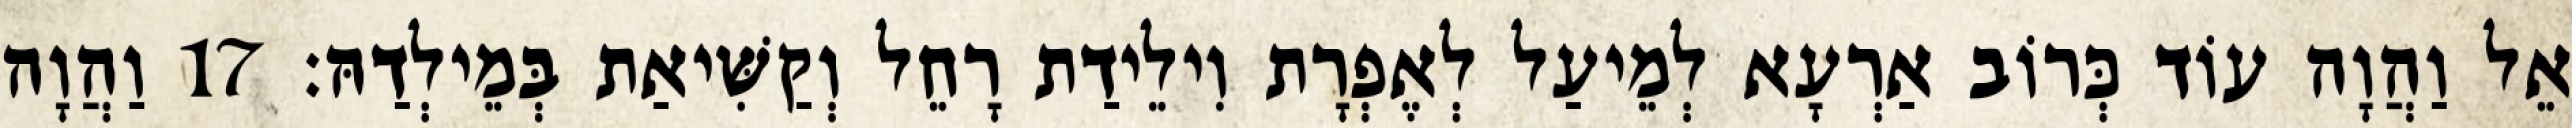
אֵל וַהֲוָה עוֹד כְּרוֹב אַרְעָא לְמֵיעַל לְאֶפְרָת וִילֵידַת רָחֵל וְקַשִּׁיאַת בְּמֵילְדַהּ׃ 17 וַהֲוָה